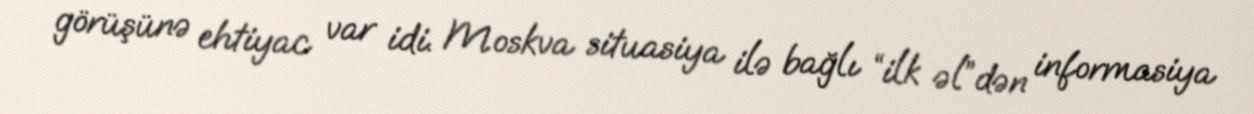
görüşünə ehtiyac var idi. Moskva situasiya ilə bağlı “ilk əl”dən informasiya